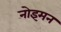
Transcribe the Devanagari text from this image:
नोइमन